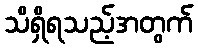
သိရှိရသည့်အတွက်